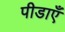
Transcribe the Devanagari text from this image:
पीडाएँ